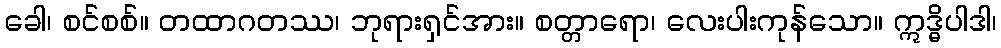
ခေါ၊ စင်စစ်။ တထာဂတဿ၊ ဘုရားရှင်အား။ စတ္တာရော၊ လေးပါးကုန်သော။ ဣဒ္ဓိပါဒါ၊